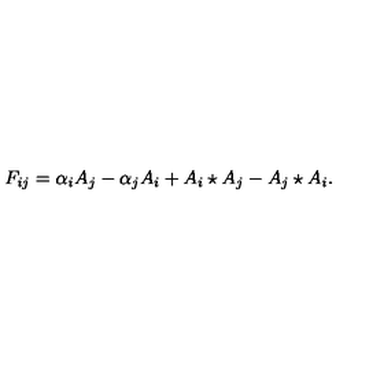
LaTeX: F _ { i j } = \alpha _ { i } A _ { j } - \alpha _ { j } A _ { i } + A _ { i } \star A _ { j } - A _ { j } \star A _ { i } .